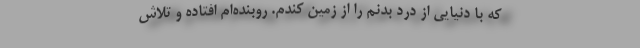
که با دنیایی از درد بدنم را از زمین کندم. روبنده‌ام افتاده و تلاش